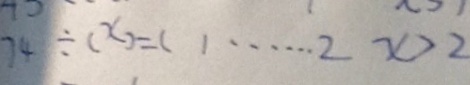
7 4 \div ( x ) = ( ) \cdots 2 x > 2